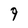
Character: 9